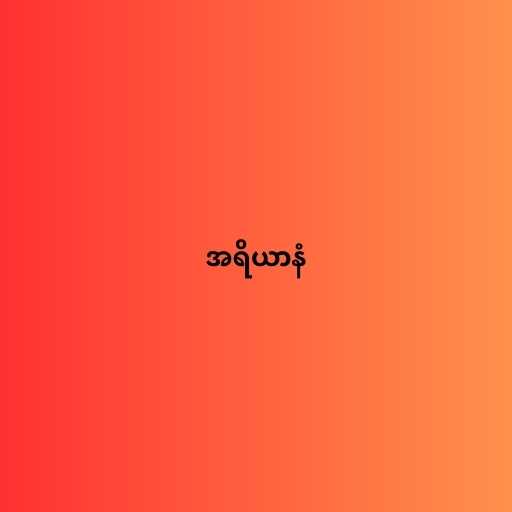
အရိယာနံ